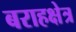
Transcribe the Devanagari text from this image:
बराहक्षेत्र